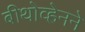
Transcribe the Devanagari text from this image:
बीथोव्हेनने